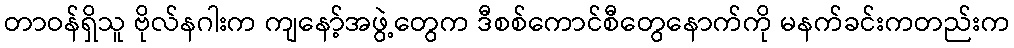
တာဝန်ရှိသူ ဗိုလ်နဂါးက ကျနော့်အဖွဲ့တွေက ဒီစစ်ကောင်စီတွေနောက်ကို မနက်ခင်းကတည်းက